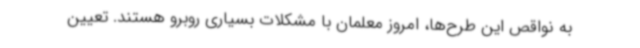
به نواقص این طرح‌ها، امروز معلمان با مشکلات بسیاری روبرو هستند. تعیین